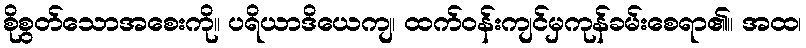
စိုစွတ်သောအစေးကို။ ပရိယာဒိယေကျ၊ ထက်ဝန်းကျင်မှကုန်ခမ်းစေရာ၏။ အထ၊